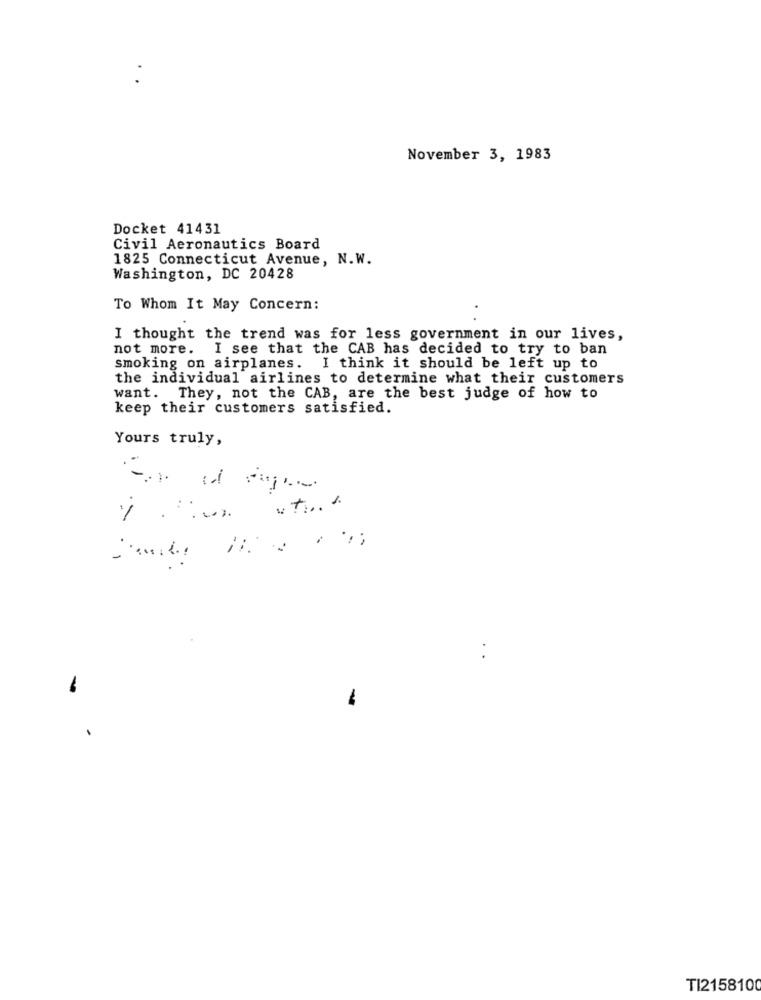
November 3, 1983
Docket 41431
Civil Aeronautics Board
1825 Connecticut Avenue, N.W.
Washington, DC 20428
To Whom It May Concern:
I thought the trend was for less government in our lives,
not more. I see that the CAB has decided to try to ban
smoking on airplanes. I think it should be left up to
the individual airlines to determine what their customers
want. They, not the CAB, are the best judge of how to
keep their customers satisfied.
Yours truly,
TI2158100